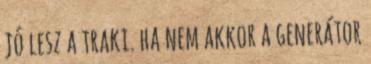
jó lesz a traki. ha nem akkor a generátor